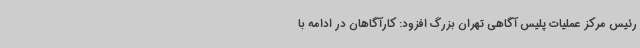
رئیس مرکز عملیات پلیس آگاهی تهران بزرگ افزود: کارآگاهان در ادامه با